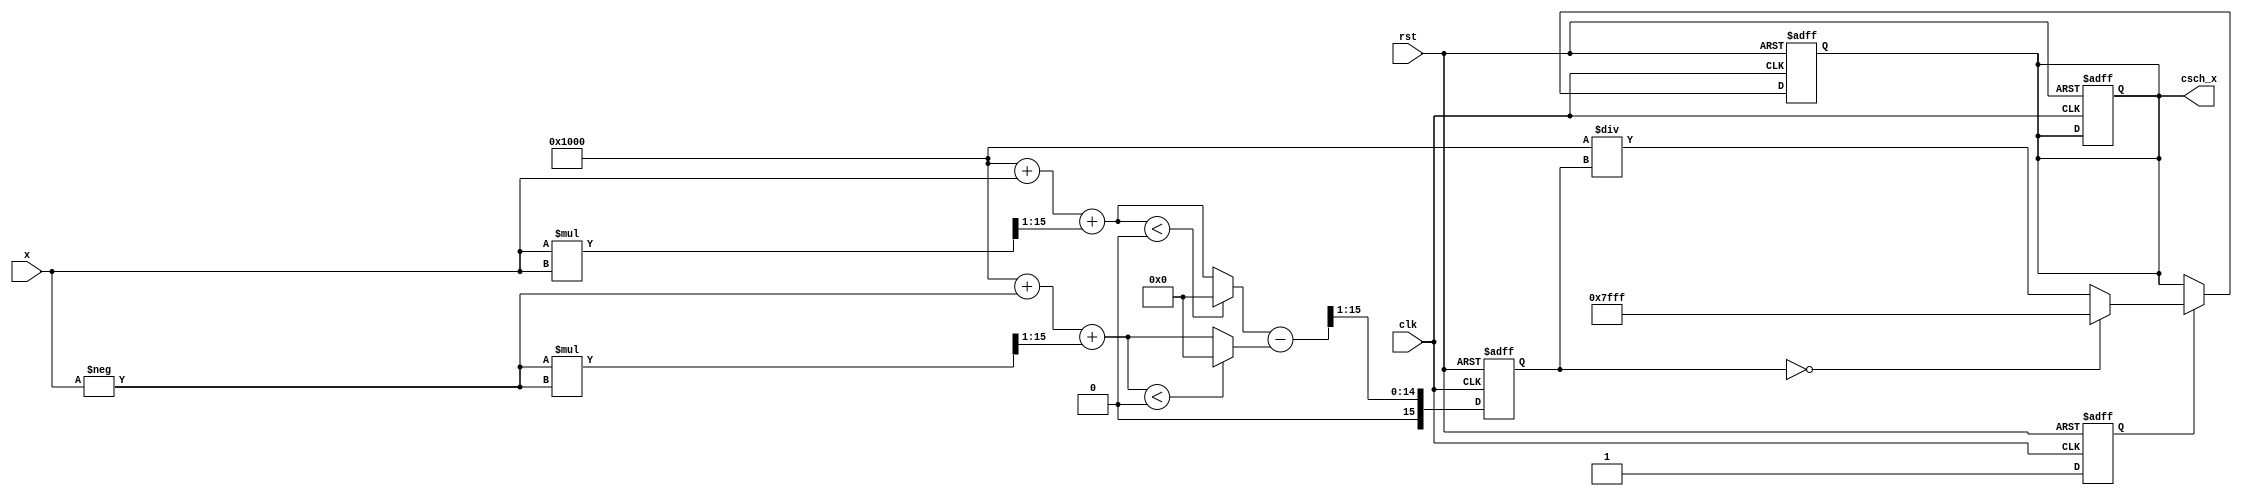
module hyperbolic_cosecant (
    input wire [15:0] x,          // Input signal (fixed-point representation)
    output reg [15:0] csch_x,     // Output signal (computed csch value)
    input wire clk,                // Clock signal
    input wire rst                 // Reset signal
);
    reg [15:0] sinh_x;            // Variable to hold sinh(x)
    reg valid;                    // Flag for valid output

    // Constant for fixed-point representation of 0
    localparam FIXED_ZERO = 16'h0000;
    // Constant for large value (simulate infinity)
    localparam FIXED_INFINITY = 16'h7FFF; // Example representation of infinity

    // Function to compute e^x and e^-x (approximation)
    function [15:0] exp_approx;
        input [15:0] x;
        reg [15:0] result;
        begin
            // Simple polynomial approximation for e^x
            // e^x  1 + x + (x^2 / 2)
            result = 16'h1000 + x + ((x * x) >> 1); // 1.0 fixed-point is 16'h1000
            // Clamp result to prevent overflow
            if (result < 16'h0000) result = 16'h0000;
            exp_approx = result;
        end
    endfunction

    // Compute hyperbolic sine: sinh(x) = (e^x - e^-x) / 2
    always @(posedge clk or posedge rst) begin
        if (rst) begin
            sinh_x <= 16'h0000;
            csch_x <= 16'h0000;
            valid <= 1'b0;
        end else begin
            // Calculate sinh(x)
            sinh_x <= (exp_approx(x) - exp_approx(-x)) >> 1; // Divide by 2
            valid <= 1'b1; // Set valid flag
        end
    end

    // Compute csch(x) = 1 / sinh(x)
    always @(posedge clk or posedge rst) begin
        if (rst) begin
            csch_x <= 16'h0000;
        end else if (valid) begin
            if (sinh_x == FIXED_ZERO) begin
                // Handle special case for sinh(x) == 0
                csch_x <= FIXED_INFINITY; // or some predefined large constant
            end else begin
                // Calculate reciprocal (1 / sinh(x)), ensure to avoid division by zero
                csch_x <= (16'h1000 / sinh_x); // 1 fixed-point is 16'h1000
            end
        end
    end
endmodule